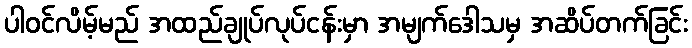
ပါဝင်လိမ့်မည် အထည်ချုပ်လုပ်ငန်းမှာ အမျက်ဒေါသမှ အဆိပ်တက်ခြင်း